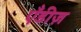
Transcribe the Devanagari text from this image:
एँडीज़